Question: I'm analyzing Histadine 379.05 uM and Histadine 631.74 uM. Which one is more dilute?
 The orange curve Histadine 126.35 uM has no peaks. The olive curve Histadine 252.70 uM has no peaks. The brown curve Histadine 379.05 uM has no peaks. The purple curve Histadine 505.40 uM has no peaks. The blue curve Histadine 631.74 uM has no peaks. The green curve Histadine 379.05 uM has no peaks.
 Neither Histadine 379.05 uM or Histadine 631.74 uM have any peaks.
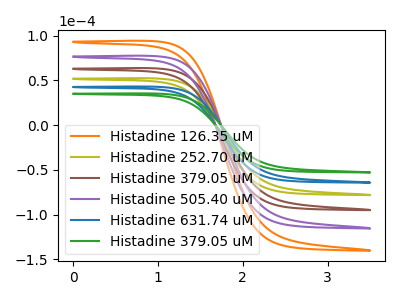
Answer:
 <answer>I cant tell if "Histadine 379.05 uM" or "Histadine 631.74 uM" has higher concentration.</answer>
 <eval>mixed_concentration</eval>